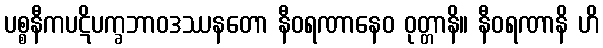
ပစ္စနီကပဋိပက္ခဘာဝဒဿနတော နီဝရဏာနေဝ ဝုတ္တာနိ။ နီဝရဏာနိ ဟိ